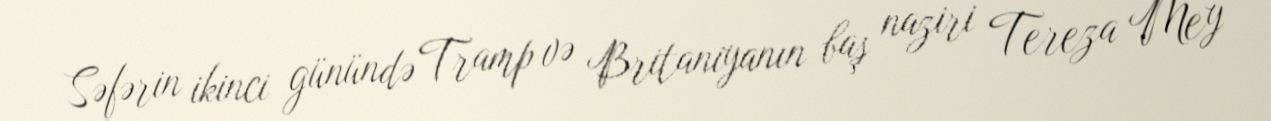
Səfərin ikinci günündə Tramp və Britaniyanın baş naziri Tereza Mey